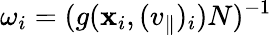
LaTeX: \omega_{i}=(g(\mathbf{x}_{i},(v_{\parallel})_{i})N)^{-1}